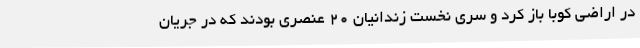
در اراضی کوبا باز کرد و سری نخست زندانیان ۲۰ عنصری بودند که در جریان